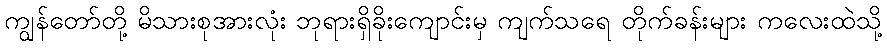
ကျွန်တော်တို့ မိသားစုအားလုံး ဘုရားရှိခိုးကျောင်းမှ ကျက်သရေ တိုက်ခန်းများ ကလေးထဲသို့